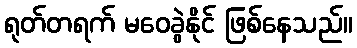
ရုတ်တရက် မဝေခွဲနိုင် ဖြစ်နေသည်။